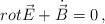
LaTeX: \begin{align*}rot \vec{E} + \dot{\vec{B}} = 0 \, , \end{align*}